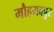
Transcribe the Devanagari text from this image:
मौहमदपुर